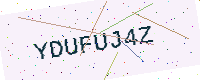
Text: YDUFUJ4Z